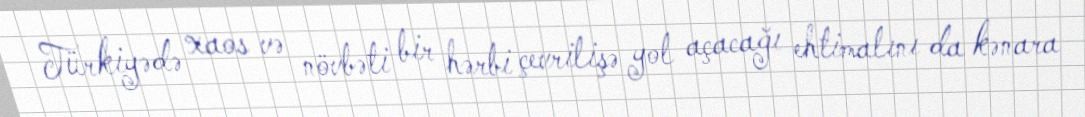
Türkiyədə xaos və növbəti bir hərbi çevrilişə yol açacağı ehtimalını da kənara